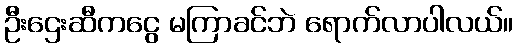
ဦးဌေးဆီကငွေ မကြာခင်ဘဲ ရောက်လာပါလယ်။